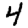
Digit: 4